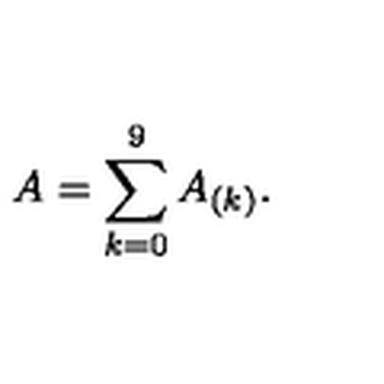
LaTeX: A = \sum _ { k = 0 } ^ { 9 } A _ { ( k ) } .